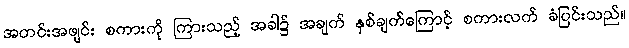
အတင်းအဖျင်း စကားကို ကြားသည့် အခါ၌ အချက် နှစ်ချက်ကြောင့် စကားလက် ခံပြင်းသည်။